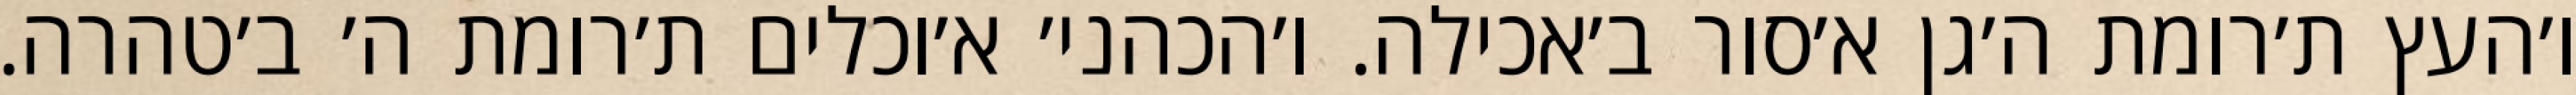
ו׳העץ ת׳רומת ה׳גן א׳סור ב׳אכילה. ו׳הכהני׳ א׳וכלים ת׳רומת ה׳ ב׳טהרה.